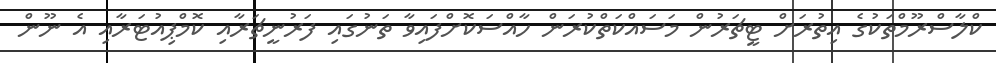
ކްލާސްރޫމްތަކުގެ އިތުރަށް ޓީޗަރުން މަސައްކަތްކުރަން ހާއްސަކޮށްފައިވާ ތަނުގައި ފަރުނީޗަރާއި ކޮމްޕިއުޓަރާއި އެ ނޫން